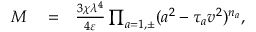
\begin{array} { r l r } { M } & { { } = } & { \frac { 3 \chi \lambda ^ { 4 } } { 4 \varepsilon } \prod _ { a = 1 , \pm } ( a ^ { 2 } - \tau _ { a } v ^ { 2 } ) ^ { n _ { a } } , } \end{array}